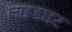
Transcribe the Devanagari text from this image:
लाइडाइट